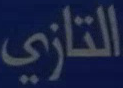
التازي